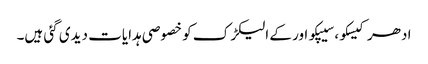
ادھر کیسکو، سیپکو اور کے الیکڑک کو خصوصی ہدایات دیدی گئی ہیں۔